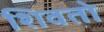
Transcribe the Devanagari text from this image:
शिवतो